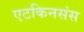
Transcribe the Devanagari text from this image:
एटकिनसंस